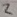
Text: 2